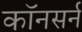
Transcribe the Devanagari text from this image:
कॉनसर्न